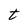
Character: t